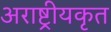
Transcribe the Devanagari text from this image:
अराष्ट्रीयकृत